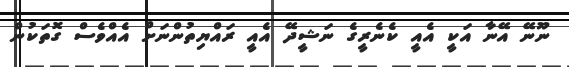
ނޫނޭ އޭނާ އަކީ އެއީ ކެނެރީގެ ނަޝީދޭ އެއީ ރައްޔިތުންނަށް އެއްވެސް ގޮތަކުން